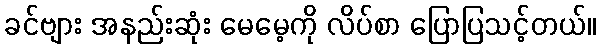
ခင်ဗျား အနည်းဆုံး မေမေ့ကို လိပ်စာ ပြောပြသင့်တယ်။